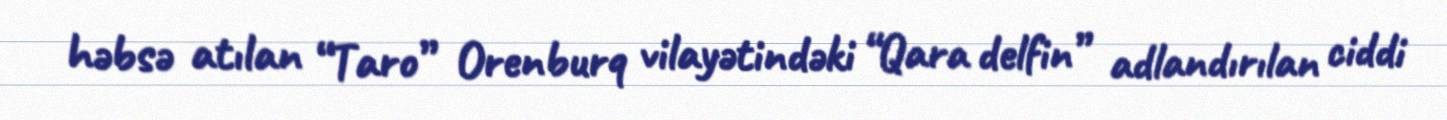
həbsə atılan “Taro” Orenburq vilayətindəki “Qara delfin” adlandırılan ciddi